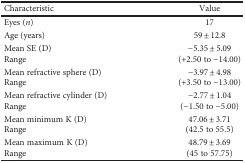
<table><thead><tr><td><b>Characteristic</b></td><td><b>Value</b></td></tr></thead><tbody><tr><td>Eyes (<i>n</i>)</td><td>17</td></tr><tr><td>Age (years)</td><td>59 ± 12.8</td></tr><tr><td>Mean SE (D)Range</td><td>−5.35 ± 5.09(+2.50 to −14.00)</td></tr><tr><td>Mean refractive sphere (D)Range</td><td>−3.97 ± 4.98(+3.50 to −13.00)</td></tr><tr><td>Mean refractive cylinder (D)Range</td><td>−2.77 ± 1.04(−1.50 to −5.00)</td></tr><tr><td>Mean minimum K (D)Range</td><td>47.06 ± 3.71(42.5 to 55.5)</td></tr><tr><td>Mean maximum K (D)Range</td><td>48.79 ± 3.69(45 to 57.75)</td></tr></tbody></table>